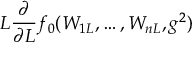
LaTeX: L \frac { \partial } { \partial L } f _ { 0 } ( W _ { 1 L } , \ldots , W _ { n L } , g ^ { 2 } )